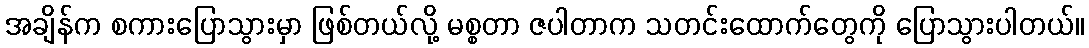
အချိန်က စကားပြောသွားမှာ ဖြစ်တယ်လို့ မစ္စတာ ဇပါတာက သတင်းထောက်တွေကို ပြောသွားပါတယ်။